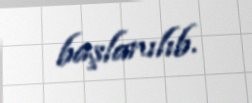
başlanılıb.